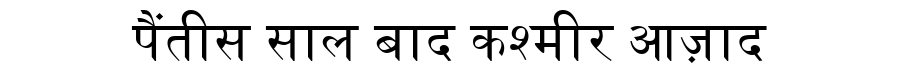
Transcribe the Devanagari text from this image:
पैंतीस साल बाद कश्मीर आज़ाद